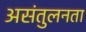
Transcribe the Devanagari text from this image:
असंतुलनता